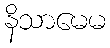
နိသာမေမ